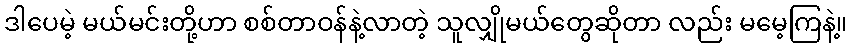
ဒါပေမဲ့ မယ်မင်းတို့ဟာ စစ်တာဝန်နဲ့လာတဲ့ သူလျှိုမယ်တွေဆိုတာ လည်း မမေ့ကြနဲ့။